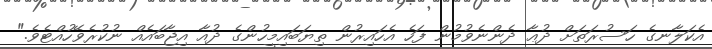
އެކަލާނގެ ހަސުރަތަށް ދުޢާ ދެންނެވުމުން ފަހެ އެހައިރުން ތިޔަބައިމީހުންގެ ދުއާ އިޖާބައެއް ނުކުރެވޭހުއްޓެވެ."